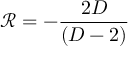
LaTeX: \mathcal { R } = - \frac { 2 D } { \left( D - 2 \right) }